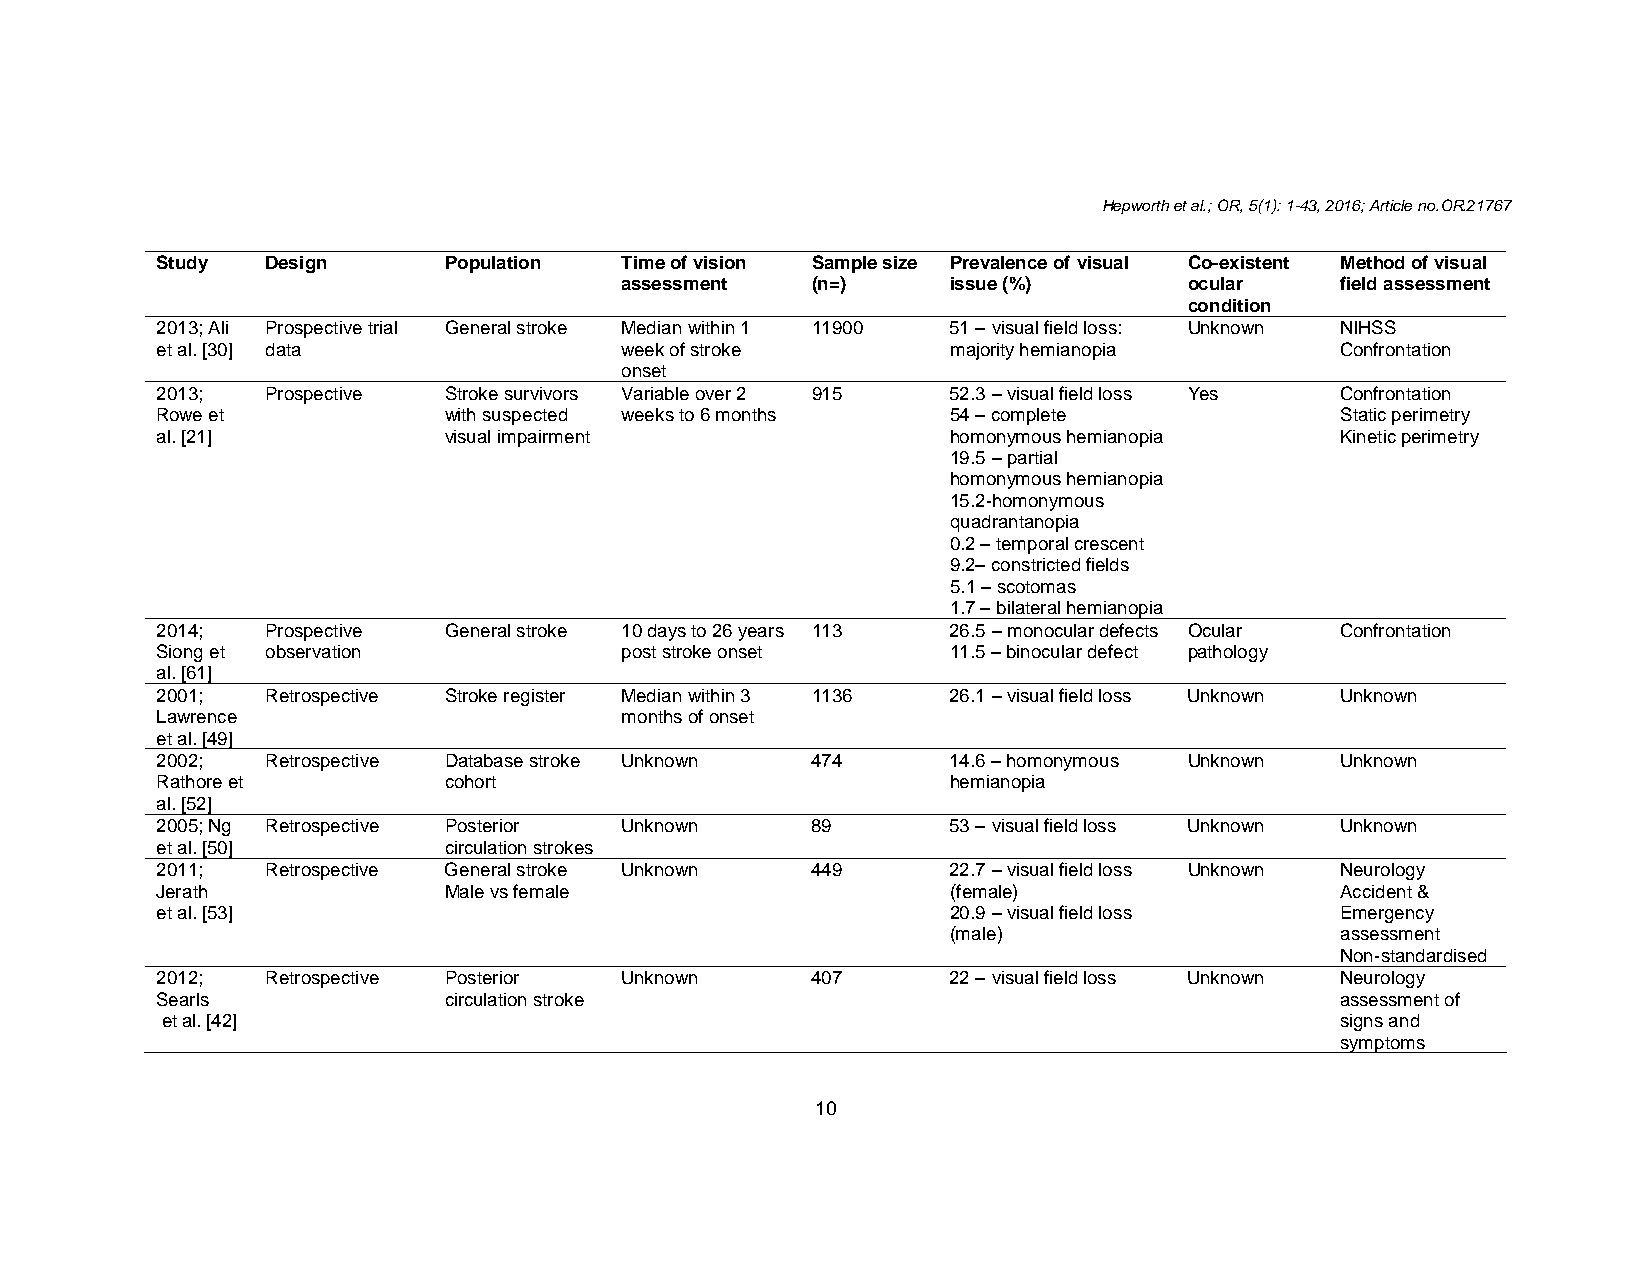
Hepworth et al.; OR, 5(1): 1-43, 2016; Article no.OR.21767
 Study   Design     Population  Time of vision Sample size Prevalence of visual Co-existent Method of visual
 assessment   (n=)     issue (%)       ocular    field assessment
 condition
 2013; Ali Prospective trial General stroke Median within 1 11900 51 – visual field loss: Unknown NIHSS
 et al. [30] data               week of stroke        majority hemianopia       Confrontation
 onset
 2013;   Prospective Stroke survivors Variable over 2 915 52.3 – visual field loss Yes Confrontation
 Rowe et            with suspected weeks to 6 months  54 – complete             Static perimetry
 al. [21]           visual impairment                 homonymous hemianopia     Kinetic perimetry
 19.5 – partial
 homonymous hemianopia
 15.2-homonymous
 quadrantanopia
 0.2 – temporal crescent
 9.2– constricted fields
 5.1 – scotomas
 1.7 – bilateral hemianopia
 2014;   Prospective General stroke 10 days to 26 years 113 26.5 – monocular defects Ocular Confrontation
 Siong et observation           post stroke onset     11.5 – binocular defect pathology
 al. [61]
 2001;   Retrospective Stroke register Median within 3 1136 26.1 – visual field loss Unknown Unknown
 Lawrence                       months of onset
 et al. [49]
 2002;   Retrospective Database stroke Unknown 474    14.6 – homonymous Unknown Unknown
 Rathore et         cohort                            hemianopia
 al. [52]
 2005; Ng Retrospective Posterior Unknown    89       53 – visual field loss Unknown Unknown
 et al. [50]        circulation strokes
 2011;   Retrospective General stroke Unknown 449     22.7 – visual field loss Unknown Neurology
 Jerath             Male vs female                    (female)                  Accident &
 et al. [53]                                          20.9 – visual field loss  Emergency
 (male)                    assessment
 Non-standardised
 2012;   Retrospective Posterior Unknown     407      22 – visual field loss Unknown Neurology
 Searls             circulation stroke                                          assessment of
 et al. [42]                                                                   signs and
 symptoms
 10